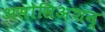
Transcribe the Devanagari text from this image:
असोसिअशन्